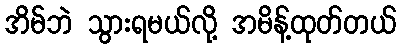
အိမ်ဘဲ သွားရမယ်လို့ အမိန့်ထုတ်တယ်